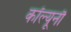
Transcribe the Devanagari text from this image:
कॉल्यूनौ